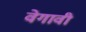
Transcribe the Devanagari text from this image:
वेगावी